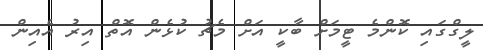
ލީގްގައި ކޮންމެ ޓީމަށް ބާކީ އަށް މެޗު ކުޅެން އޮތް އިރު އެއިން